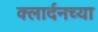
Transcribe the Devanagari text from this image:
क्लार्दनच्या